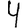
Digit: 4